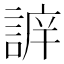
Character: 𧩔